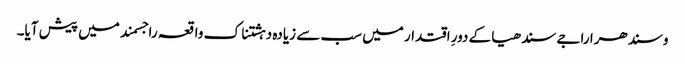
وسندھرا راجے سندھیا کے دورِ اقتدار میں سب سے زیادہ دہشتناک واقعہ راجسمند میں پیش آیا۔